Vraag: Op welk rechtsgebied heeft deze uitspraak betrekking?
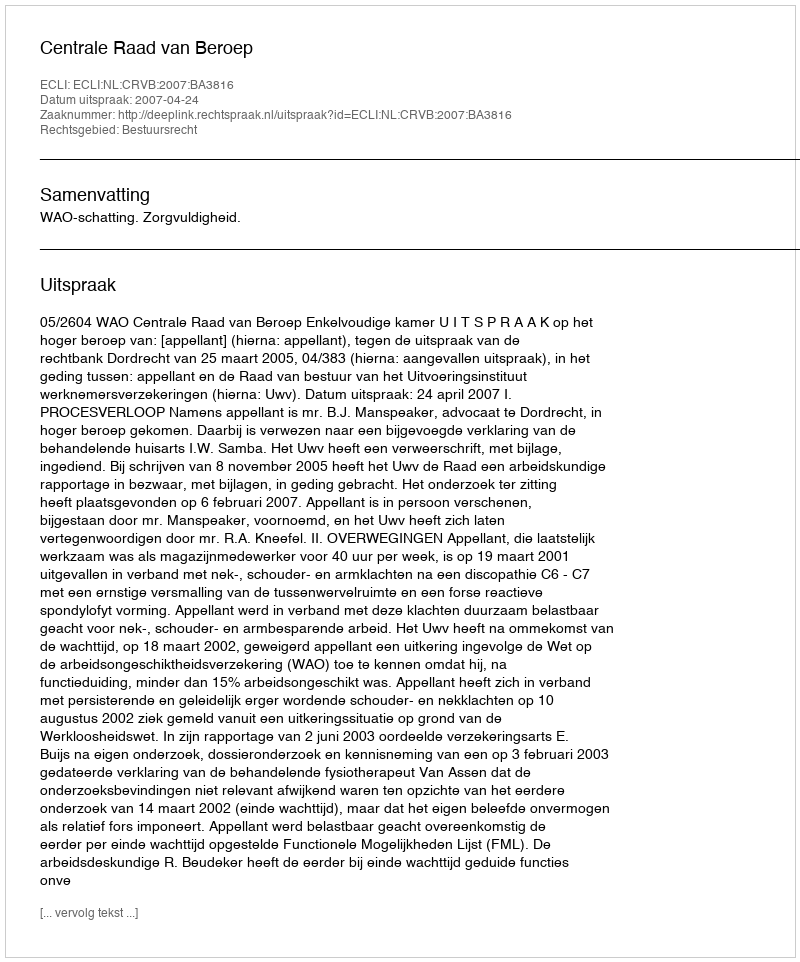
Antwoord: Bestuursrecht